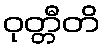
ဝုတ္တီတိ